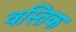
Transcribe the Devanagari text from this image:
वस्तिक